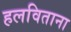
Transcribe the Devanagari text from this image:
हलविताना